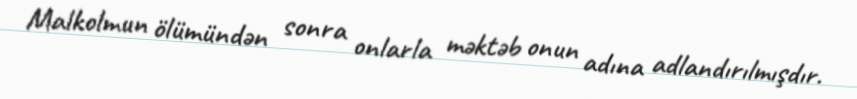
Malkolmun ölümündən sonra onlarla məktəb onun adına adlandırılmışdır.